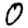
Digit: 0